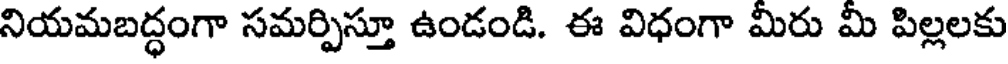
నియమబద్ధంగా సమర్పిస్తూ ఉండండి. ఈ విధంగా మీరు మీ పిల్లలకు